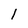
Character: l